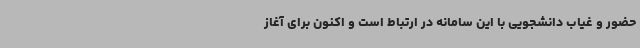
حضور و غیاب دانشجویی با این سامانه در ارتباط است و اکنون برای آغاز